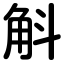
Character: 斛